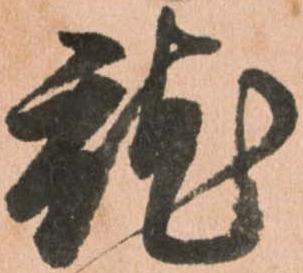
就